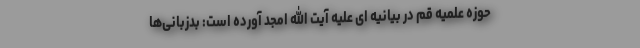
حوزه علمیه قم در بیانیه ای علیه آیت الله امجد آورده است: بدزبانی‌ها